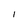
Character: 1